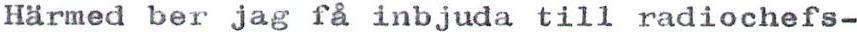
Härmed ber jag få inbjuda till radiochefs-